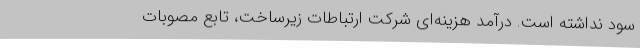
سود نداشته است. درآمد هزینه‌ای شرکت ارتباطات زیرساخت، تابع مصوبات